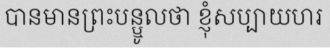
បានមានព្រះបន្ឬូលថា ខ្ញុំសប្បាយហរ